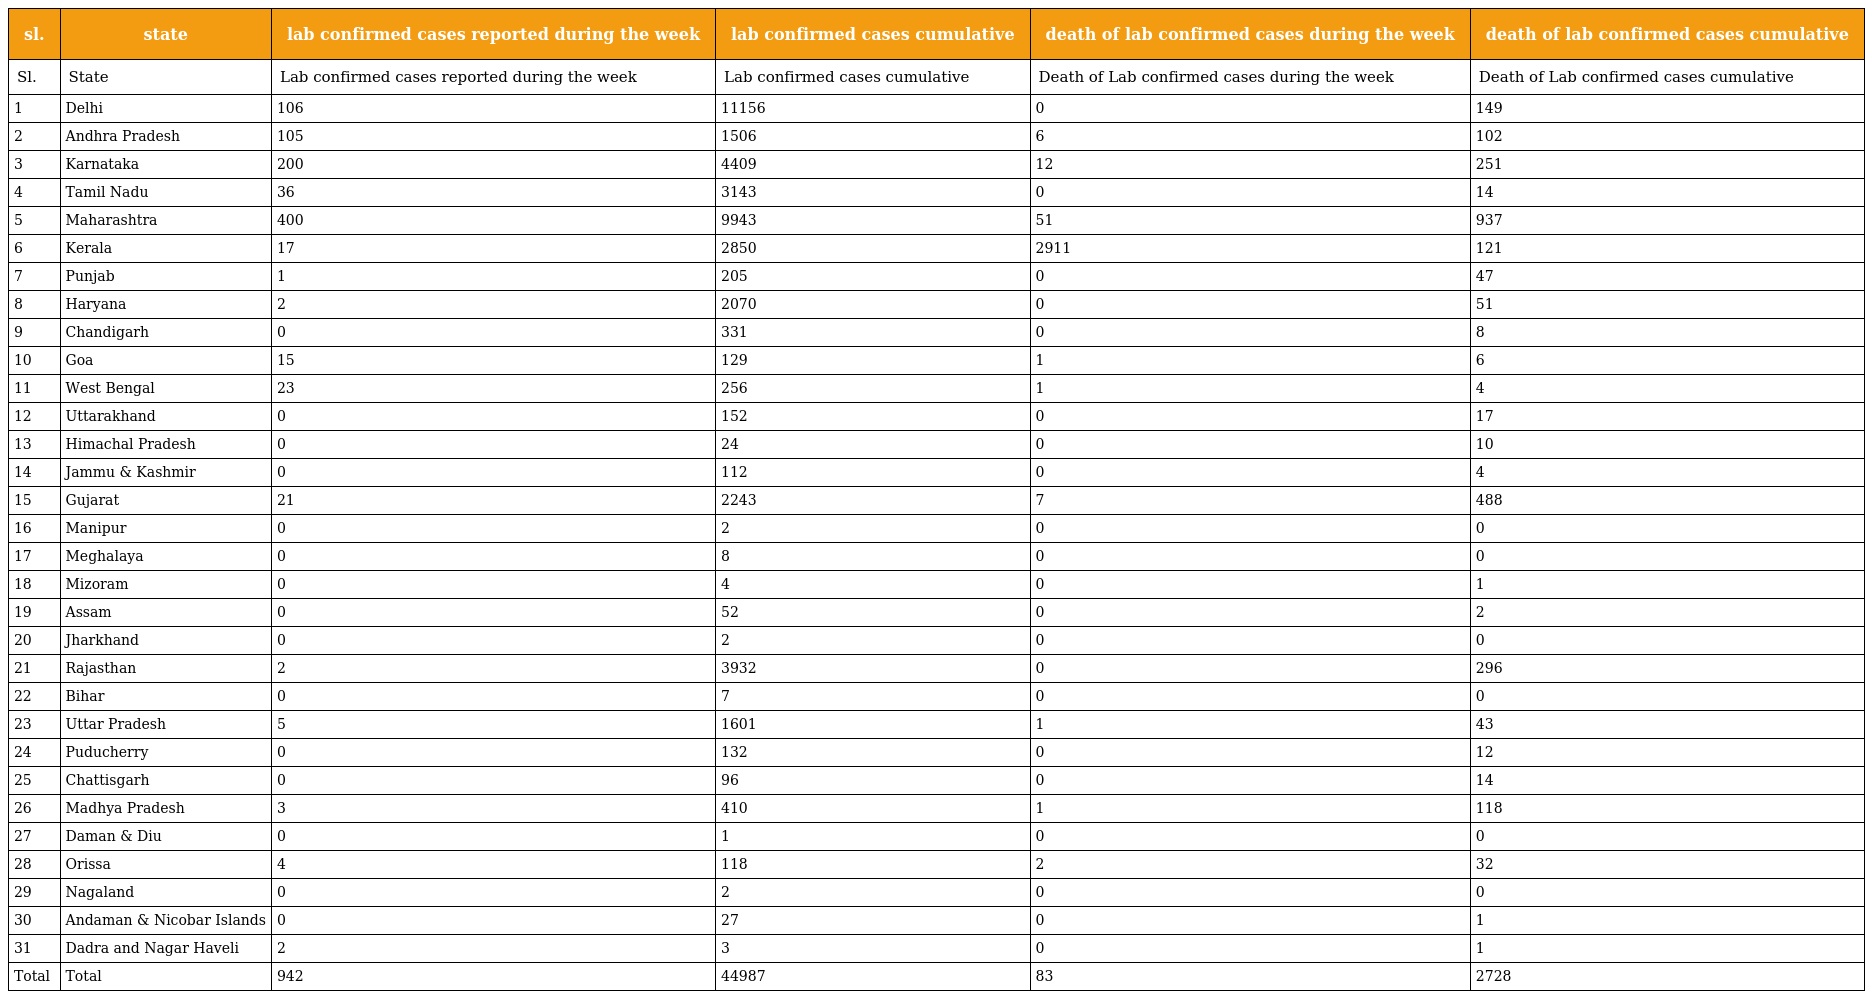
| sl. | state | lab confirmed cases reported during the week | lab confirmed cases cumulative | death of lab confirmed cases during the week | death of lab confirmed cases cumulative |
 | --- | --- | --- | --- | --- | --- |
 | Sl. | State | Lab confirmed cases reported during the week | Lab confirmed cases cumulative | Death of Lab confirmed cases during the week | Death of Lab confirmed cases cumulative |
 | 1 | Delhi | 106 | 11156 | 0 | 149 |
 | 2 | Andhra Pradesh | 105 | 1506 | 6 | 102 |
 | 3 | Karnataka | 200 | 4409 | 12 | 251 |
 | 4 | Tamil Nadu | 36 | 3143 | 0 | 14 |
 | 5 | Maharashtra | 400 | 9943 | 51 | 937 |
 | 6 | Kerala | 17 | 2850 | 2911 | 121 |
 | 7 | Punjab | 1 | 205 | 0 | 47 |
 | 8 | Haryana | 2 | 2070 | 0 | 51 |
 | 9 | Chandigarh | 0 | 331 | 0 | 8 |
 | 10 | Goa | 15 | 129 | 1 | 6 |
 | 11 | West Bengal | 23 | 256 | 1 | 4 |
 | 12 | Uttarakhand | 0 | 152 | 0 | 17 |
 | 13 | Himachal Pradesh | 0 | 24 | 0 | 10 |
 | 14 | Jammu & Kashmir | 0 | 112 | 0 | 4 |
 | 15 | Gujarat | 21 | 2243 | 7 | 488 |
 | 16 | Manipur | 0 | 2 | 0 | 0 |
 | 17 | Meghalaya | 0 | 8 | 0 | 0 |
 | 18 | Mizoram | 0 | 4 | 0 | 1 |
 | 19 | Assam | 0 | 52 | 0 | 2 |
 | 20 | Jharkhand | 0 | 2 | 0 | 0 |
 | 21 | Rajasthan | 2 | 3932 | 0 | 296 |
 | 22 | Bihar | 0 | 7 | 0 | 0 |
 | 23 | Uttar Pradesh | 5 | 1601 | 1 | 43 |
 | 24 | Puducherry | 0 | 132 | 0 | 12 |
 | 25 | Chattisgarh | 0 | 96 | 0 | 14 |
 | 26 | Madhya Pradesh | 3 | 410 | 1 | 118 |
 | 27 | Daman & Diu | 0 | 1 | 0 | 0 |
 | 28 | Orissa | 4 | 118 | 2 | 32 |
 | 29 | Nagaland | 0 | 2 | 0 | 0 |
 | 30 | Andaman & Nicobar Islands | 0 | 27 | 0 | 1 |
 | 31 | Dadra and Nagar Haveli | 2 | 3 | 0 | 1 |
 | Total | Total | 942 | 44987 | 83 | 2728 |